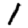
Digit: 1